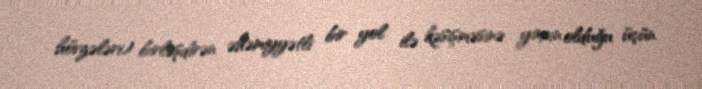
hövzələri) birləşdirən əhəmiyyətli bir yol ilə kəsişməsinə yaxın olduğu üçün